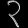
Digit: ၃